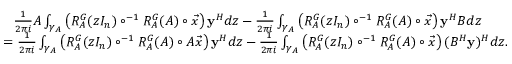
\begin{array} { r l } & { { \phantom { = } } \frac { 1 } { 2 \pi i } A \int _ { \gamma _ { A } } \left( R _ { A } ^ { G } ( z I _ { n } ) \circ ^ { - 1 } R _ { A } ^ { G } ( A ) \circ \vec { x } \right) \mathbf { y } ^ { H } d z - \frac { 1 } { 2 \pi i } \int _ { \gamma _ { A } } \left( R _ { A } ^ { G } ( z I _ { n } ) \circ ^ { - 1 } R _ { A } ^ { G } ( A ) \circ \vec { x } \right) \mathbf { y } ^ { H } B d z } \\ & { = \frac { 1 } { 2 \pi i } \int _ { \gamma _ { A } } \left( R _ { A } ^ { G } ( z I _ { n } ) \circ ^ { - 1 } R _ { A } ^ { G } ( A ) \circ A \vec { x } \right) \mathbf { y } ^ { H } d z - \frac { 1 } { 2 \pi i } \int _ { \gamma _ { A } } \left( R _ { A } ^ { G } ( z I _ { n } ) \circ ^ { - 1 } R _ { A } ^ { G } ( A ) \circ \vec { x } \right) ( B ^ { H } \mathbf { y } ) ^ { H } d z . } \end{array}